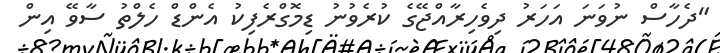
"ދެހާސް ނުވަނަ އަހަރު ދިވެހިރާއްޖޭގެ ކުރެވުނު ޑިމޮގްރެފިކު އެންޑް ހެލްތު ސާވޭ އިން